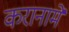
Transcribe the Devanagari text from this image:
करानामे